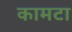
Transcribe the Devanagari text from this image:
कामटा